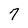
Character: 7